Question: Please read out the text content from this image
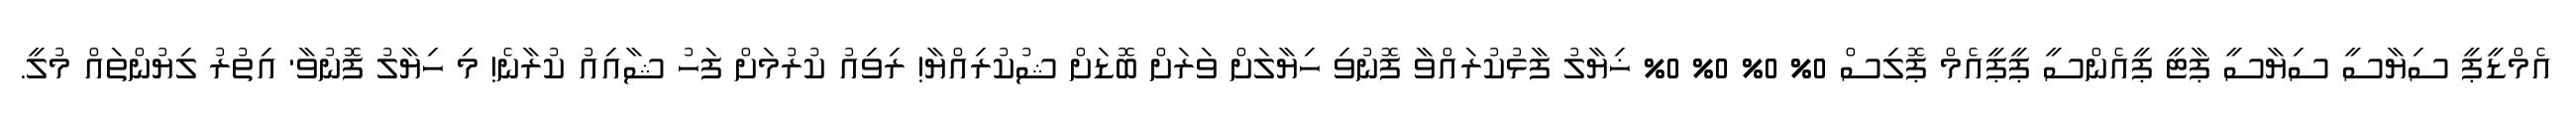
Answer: އެމްޑީޕީ ސިޔާސީ ސިޔާސީ ޕާޓީ ޕީއެންސީ ޕީޕީއެމް ޕޮލިސް 0% 0% 0% 0% ޚިޔާލު ފާޅުކުރައްވާ ފޮނުވި ހިޔާލަށް ވަރަށް ބޮޑަށް ޝުކުރިއްޔާ! ރިވިއު ކުރުމަށް ފަހު ޝާއިއު ކުރާނެ! މި ހިޔާލު ފޮނުވާ' އިތުރު ލިޔުންތައް މުލީ.